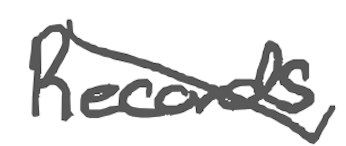
Text: Records,
Cross-out: diagonal
Writing tool: digital_gray